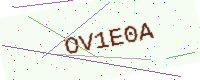
Text: OV1E0A